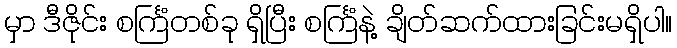
မှာ ဒီဇိုင်း စင်္ကြံတစ်ခု ရှိပြီး စင်္ကြံနဲ့ ချိတ်ဆက်ထားခြင်းမရှိပါ။